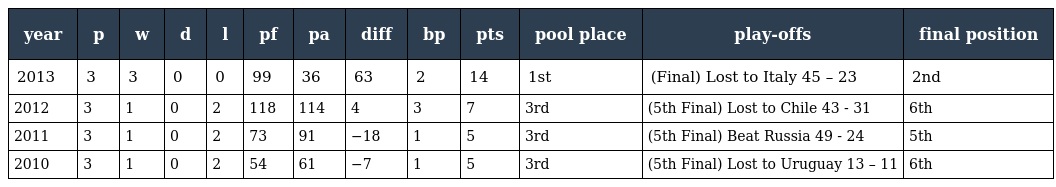
| year | p | w | d | l | pf | pa | diff | bp | pts | pool place | play-offs | final position |
 | --- | --- | --- | --- | --- | --- | --- | --- | --- | --- | --- | --- | --- |
 | 2013 | 3 | 3 | 0 | 0 | 99 | 36 | 63 | 2 | 14 | 1st | (Final) Lost to Italy 45 – 23 | 2nd |
 | 2012 | 3 | 1 | 0 | 2 | 118 | 114 | 4 | 3 | 7 | 3rd | (5th Final) Lost to Chile 43 - 31 | 6th |
 | 2011 | 3 | 1 | 0 | 2 | 73 | 91 | −18 | 1 | 5 | 3rd | (5th Final) Beat Russia 49 - 24 | 5th |
 | 2010 | 3 | 1 | 0 | 2 | 54 | 61 | −7 | 1 | 5 | 3rd | (5th Final) Lost to Uruguay 13 – 11 | 6th |